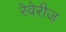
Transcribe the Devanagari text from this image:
रेवेरीज